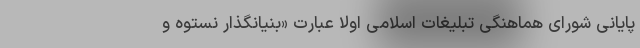
پایانی شورای هماهنگی تبلیغات اسلامی اولاً عبارت «بنیانگذار نستوه و